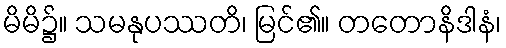
မိမိ၌။ သမနုပဿတိ၊ မြင်၏။ တတောနိဒါနံ၊